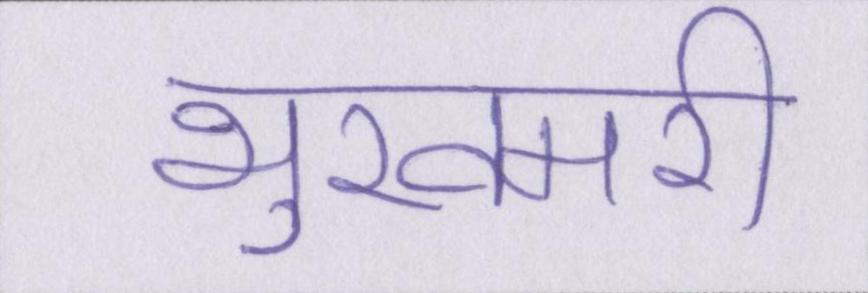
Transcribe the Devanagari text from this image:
भुखमरी